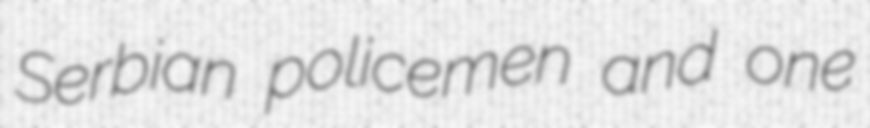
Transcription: Serbian policemen and one